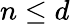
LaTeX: n\leq d